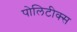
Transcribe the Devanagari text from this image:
पोलिटीक्स